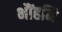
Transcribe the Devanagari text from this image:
भौंहनि